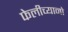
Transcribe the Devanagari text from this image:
फेलीच्यानो